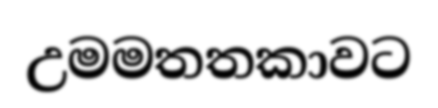
උමමතතකාවට